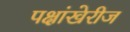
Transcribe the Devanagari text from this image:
पक्षांखेरीज